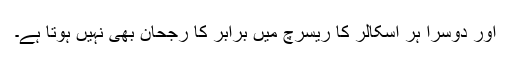
اور دوسرا ہر اسکالر کا ریسرچ میں برابر کا رجحان بھی نہیں ہوتا ہے۔